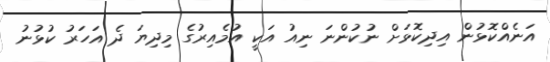
އަނެއްކޮޅުން އިދިކޮޅަށް ނުކުންނަ ނިއު އަކީ އުމެއިރުގެ މިދިޔަ ދެ އަހަރު ކުޅުނު